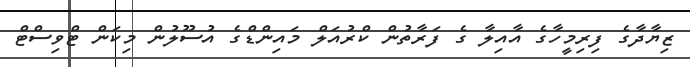
ޒިޔާދާގެ ފިރިމީހާގެ އާއިލާ ގެ ފަރާތުން ކްރުއަލް މައިންޑްގެ އުސޫލުން މިކަން ޓްވިސްޓް